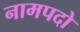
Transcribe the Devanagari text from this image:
नामपदो